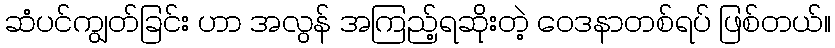
ဆံပင်ကျွတ်ခြင်း ဟာ အလွန် အကြည့်ရဆိုးတဲ့ ဝေဒနာတစ်ရပ် ဖြစ်တယ်။